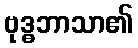
ဗုဒ္ဓဘာသာ၏